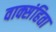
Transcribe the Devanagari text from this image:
वाक्संहिता